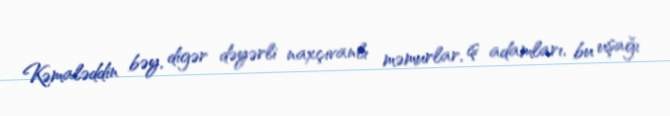
Kəmaləddin bəy, digər dəyərli naxçıvanlı məmurlar, iş adamları, bu uşağı